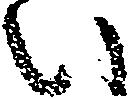
い